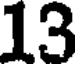
13